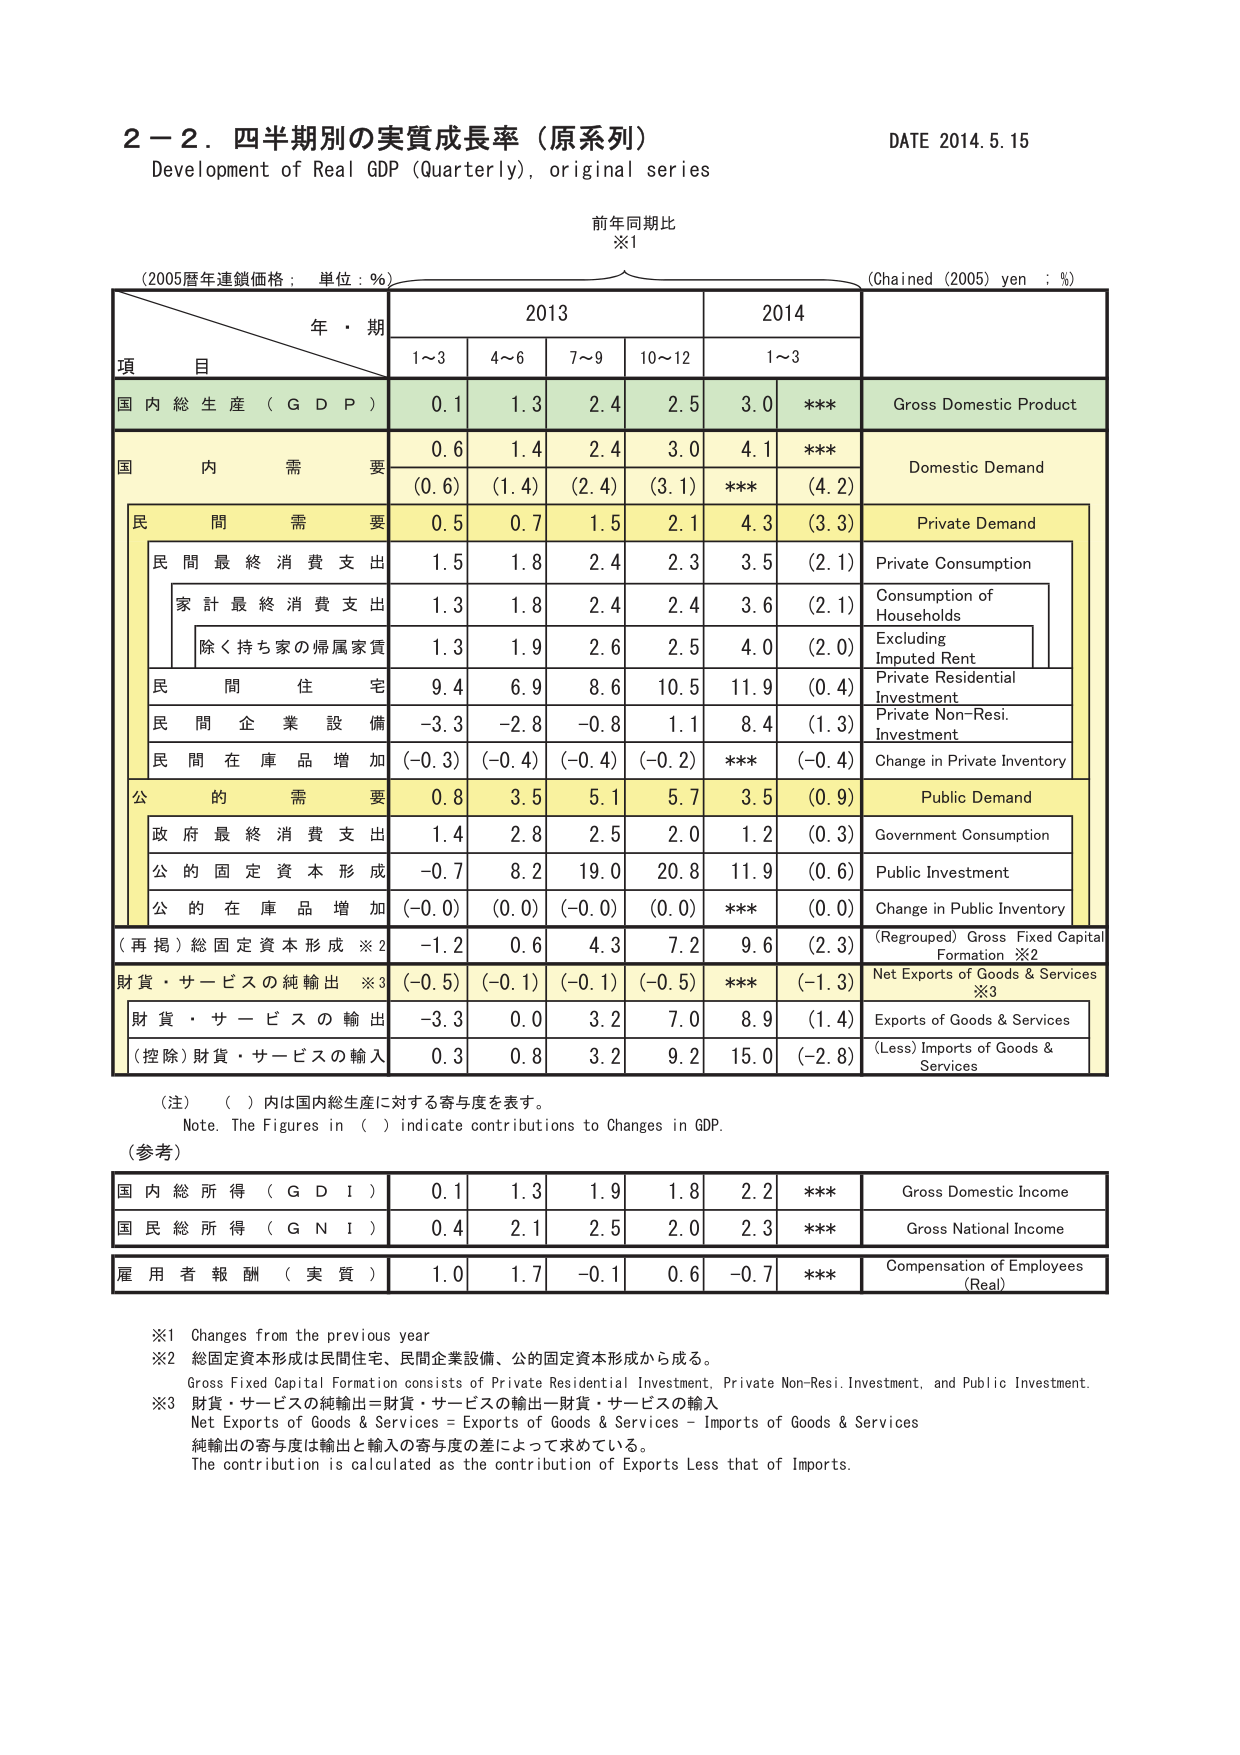
2－2．四半期別の実質成長率（原系列）
Development of Real GDP (Quarterly), original series
DATE 2014.5.15

前年同期比
※1

(2005暦年連鎖価格；単位：％)
年・期
2013
2014
(Chained (2005) yen : %)

項　目
1～3
4～6
7～9
10～12
1～3

国内総生産（GDP）
0.1
1.3
2.4
2.5
3.0
***
Gross Domestic Product

国内需要
0.6
1.4
2.4
3.0
4.1
***
Domestic Demand
(0.6)
(1.4)
(2.4)
(3.1)
***
(4.2)

民間需要
0.5
0.7
1.5
2.1
4.3
(3.3)
Private Demand

民間最終消費支出
1.5
1.8
2.4
2.3
3.5
(2.1)
Private Consumption

家計最終消費支出
1.3
1.8
2.4
2.4
3.6
(2.1)
Consumption of Households

除く持ち家の帰属家賃
1.3
1.9
2.6
2.5
4.0
(2.0)
Excluding Imputed Rent

民間住宅
9.4
6.9
8.6
10.5
11.9
(0.4)
Private Residential Investment

民間企業設備
-3.3
-2.8
-0.8
1.1
8.4
(1.3)
Private Non-Resi. Investment

民間在庫品増加
(-0.3)
(-0.4)
(-0.4)
(-0.2)
***
(-0.4)
Change in Private Inventory

公的需要
0.8
3.5
5.1
5.7
3.5
(0.9)
Public Demand

政府最終消費支出
1.4
2.8
2.5
2.0
1.2
(0.3)
Government Consumption

公的固定資本形成
-0.7
8.2
19.0
20.8
11.9
(0.6)
Public Investment

公的在庫品増加
(-0.0)
(0.0)
(-0.0)
(0.0)
***
(0.0)
Change in Public Inventory

（再掲）総固定資本形成 ※2
-1.2
0.6
4.3
7.2
9.6
(2.3)
(Regrouped) Gross Fixed Capital Formation ※2

財貨・サービスの純輸出 ※3
(-0.5)
(-0.1)
(-0.1)
(-0.5)
***
(-1.3)
Net Exports of Goods & Services ※3

財貨・サービスの輸出
-3.3
0.0
3.2
7.0
8.9
(1.4)
Exports of Goods & Services

（控除）財貨・サービスの輸入
0.3
0.8
3.2
9.2
15.0
(-2.8)
(Less) Imports of Goods & Services

（注）（ ）内は国内総生産に対する寄与度を表す。
Note. The Figures in ( ) indicate contributions to Changes in GDP.

（参考）

国内総所得（GDI）
0.1
1.3
1.9
1.8
2.2
***
Gross Domestic Income

国民総所得（GNI）
0.4
2.1
2.5
2.0
2.3
***
Gross National Income

雇用者報酬（実質）
1.0
1.7
-0.1
0.6
-0.7
***
Compensation of Employees (Real)

※1 Changes from the previous year
※2 総固定資本形成は民間住宅、民間企業設備、公的固定資本形成から成る。
Gross Fixed Capital Formation consists of Private Residential Investment, Private Non-Resi. Investment, and Public Investment.
※3 財貨・サービスの純輸出＝財貨・サービスの輸出－財貨・サービスの輸入
Net Exports of Goods & Services = Exports of Goods & Services – Imports of Goods & Services
純輸出の寄与度は輸出と輸入の寄与度の差によって求めている。
The contribution is calculated as the contribution of Exports Less that of Imports.